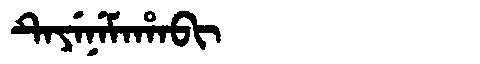
Manchu: ᡨᡝᠶᡝᠨᡝᠮᠠᡥᠠᠪᡳ
Romanization: TEYENEMAHABI